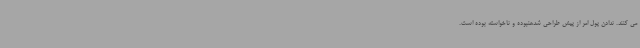
می کنند. ندادن پول امر از پیش طراحی شدهنبوده و ناخواسته بوده است.